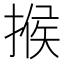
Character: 𢰡